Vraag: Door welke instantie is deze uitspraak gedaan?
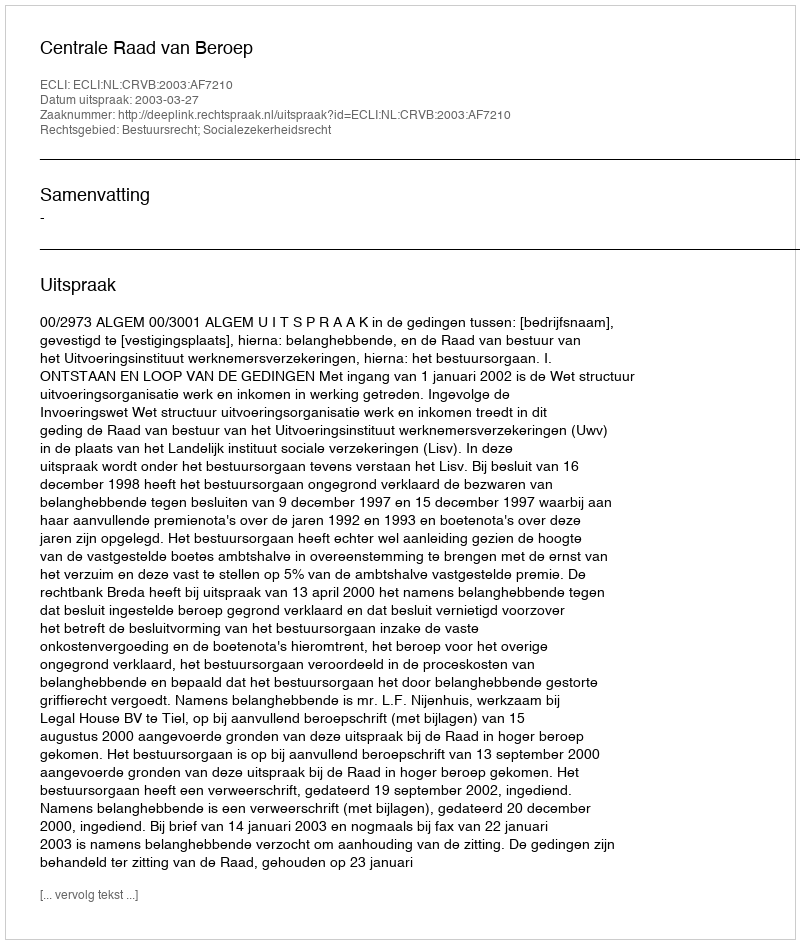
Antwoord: Centrale Raad van Beroep